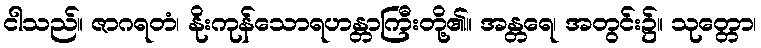
ငါသည်။ ဇာဂရတံ၊ နိုးကုန်သောရဟန္တာကြီးတို့၏။ အန္တရေ၊ အတွင်း၌။ သုတ္တော၊